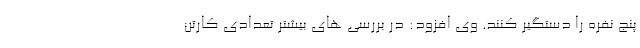
پنج نفره را دستگیر کنند. وی افزود: در بررسی های بیشتر تعدادی کارتن